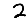
Digit: 2